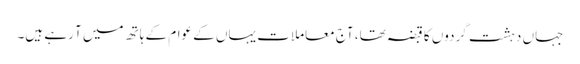
جہاں دہشت گردوں کا قبضہ تھا، آج معاملات یہاں کے عوام کے ہاتھ میں آ رہے ہیں۔